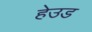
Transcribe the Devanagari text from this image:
हेउड